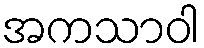
အကသာဝါ